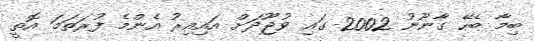
ބިމާ ބެހޭ ގާނޫނު 2002 ގައި ވުޖޫދަށް އައިއިރު އެންމެ ފުރަތަމަ އޮތީ